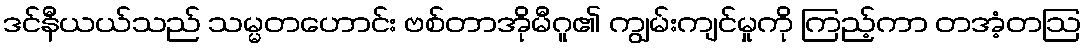
ဒင်နီယယ်သည် သမ္မတဟောင်း ဗစ်တာအိုမီဂူ၏ ကျွမ်းကျင်မှုကို ကြည့်ကာ တအံ့တဩ